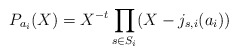
\begin{align*}P_{a_i}(X) = X^{-t} \prod_{s\in S_i}(X - j_{s,i}(a_i))\end{align*}